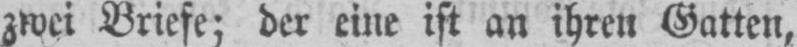
zwei Briefe; der eine ist an ihren Gatten,